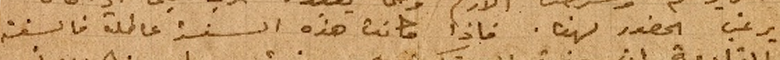
يرغب الحضور لهنا. فاذا كانت هذه السنة عاطلة فالسنة